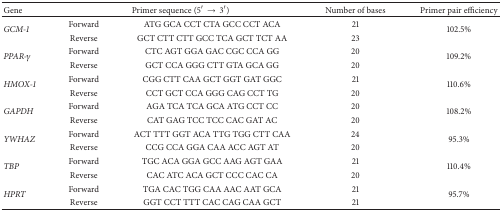
<table><thead><tr><td><b>Gene</b></td><td colspan="2"><b>Primer sequence (5′ → 3′)</b></td><td><b>Number of bases</b></td><td><b>Primer pair efficiency</b></td></tr></thead><tbody><tr><td rowspan="2"><i>GCM-1 </i></td><td>Forward</td><td>ATG GCA CCT CTA GCC CCT ACA</td><td>21</td><td rowspan="2">102.5%</td></tr><tr><td>Reverse</td><td>GCT CTT CTT GCC TCA GCT TCT AA</td><td>23</td></tr><tr><td rowspan="2"><i>PPAR-<i>γ</i></i></td><td>Forward</td><td>CTC AGT GGA GAC CGC CCA GG</td><td>20</td><td rowspan="2">109.2%</td></tr><tr><td>Reverse </td><td>GCT CCA GGG CTT GTA GCA GG</td><td>20</td></tr><tr><td rowspan="2"><i>HMOX-1 </i></td><td>Forward </td><td>CGG CTT CAA GCT GGT GAT GGC</td><td>21</td><td rowspan="2">110.6%</td></tr><tr><td>Reverse</td><td>CCT GCT CCA GGG CAG CCT TG</td><td>20</td></tr><tr><td rowspan="2"><i>GAPDH </i></td><td>Forward</td><td>AGA TCA TCA GCA ATG CCT CC</td><td>20</td><td rowspan="2">108.2%</td></tr><tr><td>Reverse</td><td>CAT GAG TCC TCC CAC GAT AC</td><td>20</td></tr><tr><td rowspan="2"><i>YWHAZ </i></td><td>Forward</td><td>ACT TTT GGT ACA TTG TGG CTT CAA</td><td>24</td><td rowspan="2">95.3%</td></tr><tr><td>Reverse</td><td>CCG CCA GGA CAA ACC AGT AT</td><td>20</td></tr><tr><td rowspan="2"><i>TBP </i></td><td>Forward</td><td>TGC ACA GGA GCC AAG AGT GAA</td><td>21</td><td rowspan="2">110.4%</td></tr><tr><td>Reverse</td><td>CAC ATC ACA GCT CCC CAC CA</td><td>20</td></tr><tr><td rowspan="2"><i>HPRT </i></td><td>Forward</td><td>TGA CAC TGG CAA AAC AAT GCA</td><td>21</td><td rowspan="2">95.7%</td></tr><tr><td>Reverse </td><td>GGT CCT TTT CAC CAG CAA GCT </td><td>21</td></tr></tbody></table>